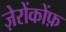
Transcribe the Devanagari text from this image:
ज़ेरोंकोंफ़